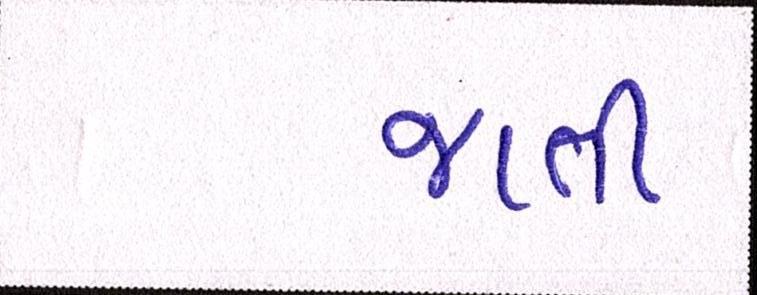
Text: જાતી